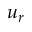
u _ { r }